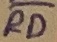
Text: RD